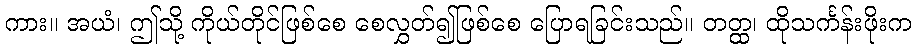
ကား။ အယံ၊ ဤသို့ ကိုယ်တိုင်ဖြစ်စေ စေလွှတ်၍ဖြစ်စေ ပြောရခြင်းသည်။ တတ္ထ၊ ထိုသင်္ကန်းဖိုးက